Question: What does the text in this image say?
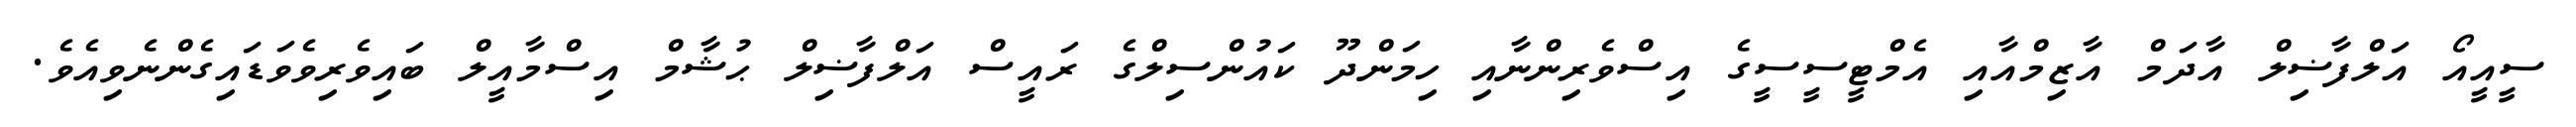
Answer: ސީއީއޯ އަލްފާޟިލް އާދަމް އާޒިމްއާއި އެމްޓީސީސީގެ އިސްވެރިންނާއި ހިމަންދޫ ކައުންސިލްގެ ރައީސް އަލްފާޟިލް ޙުޝާމް އިސްމާއީލް ބައިވެރިވެވަޑައިގެންނެވިއެވެ.